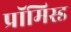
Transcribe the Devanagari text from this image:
प्रॉमिस्ड